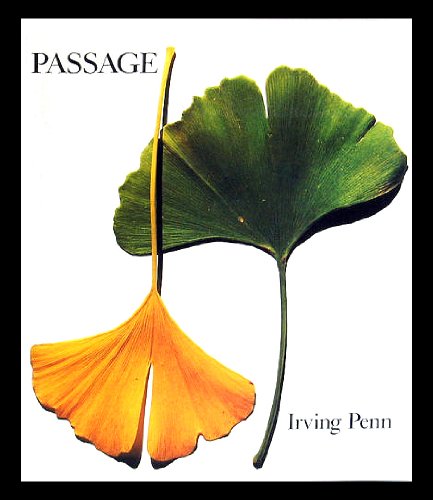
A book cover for Passage: A Work Record; Irving Penn; Arts & Photography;